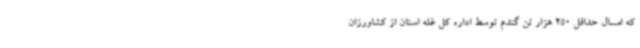
که امسال حداقل 250 هزار تن گندم توسط اداره کل غله استان از کشاورزان